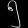
Digit: ၅